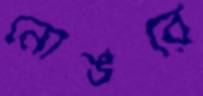
নোঙরে